Newspaper: Shepherdstown register. [volume]
Place of publication: Shepherdstown, Va. [W. Va.]
Publisher: Hardy & Henry W. McAnly
Date: 1885-10-23 00:00:00
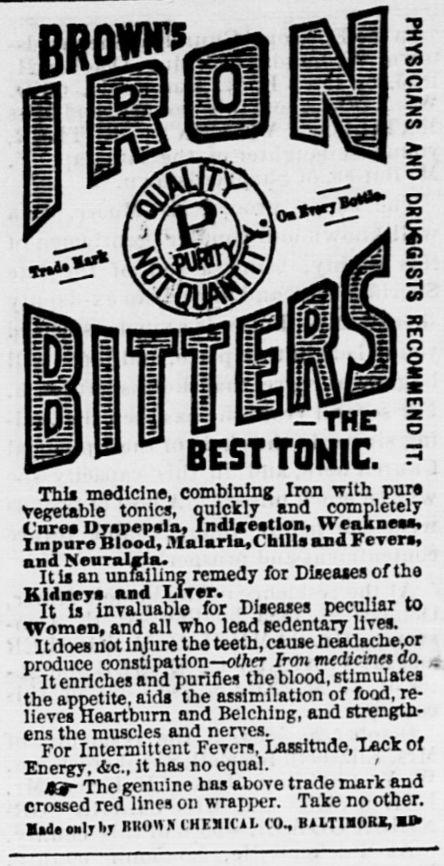
Advertisement text (OCR):
m __ vur z BEST TONIC. s This medicine, combining Iron with pare Vegetable tonics, quickly and completely Cure* Dyspepsia, Indirection, WrakneM, Impure Blood, .Malaria, Chills and Fevers, and Msnralcls. It is an unfailing remedy for Diseases of the Kidneys and Liver. It Ls invaluable for Diseases peculiar to Women, and all who lead sedentary lives. It does not injure the teeth, cause headache, or produce constipation ? othn- Iron tnedicinn do. It enriches and purifies the blood, stimulates the appetite, aids the assimilation of food, re lieves Heartburn and Belching, and strength ens the muscles and nerves. For Intermittent Fevers, Lassitude, "Lack of Energy, <fee., it has no equal. 49r The genuine has above trade mark and crossed red lines on wrapper. Take no other. ?id* only hy RROttXCHEIICiL <0., Hi LTIMOKK, ?!>
Label: text-only